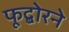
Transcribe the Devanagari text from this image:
फूद्बोरने